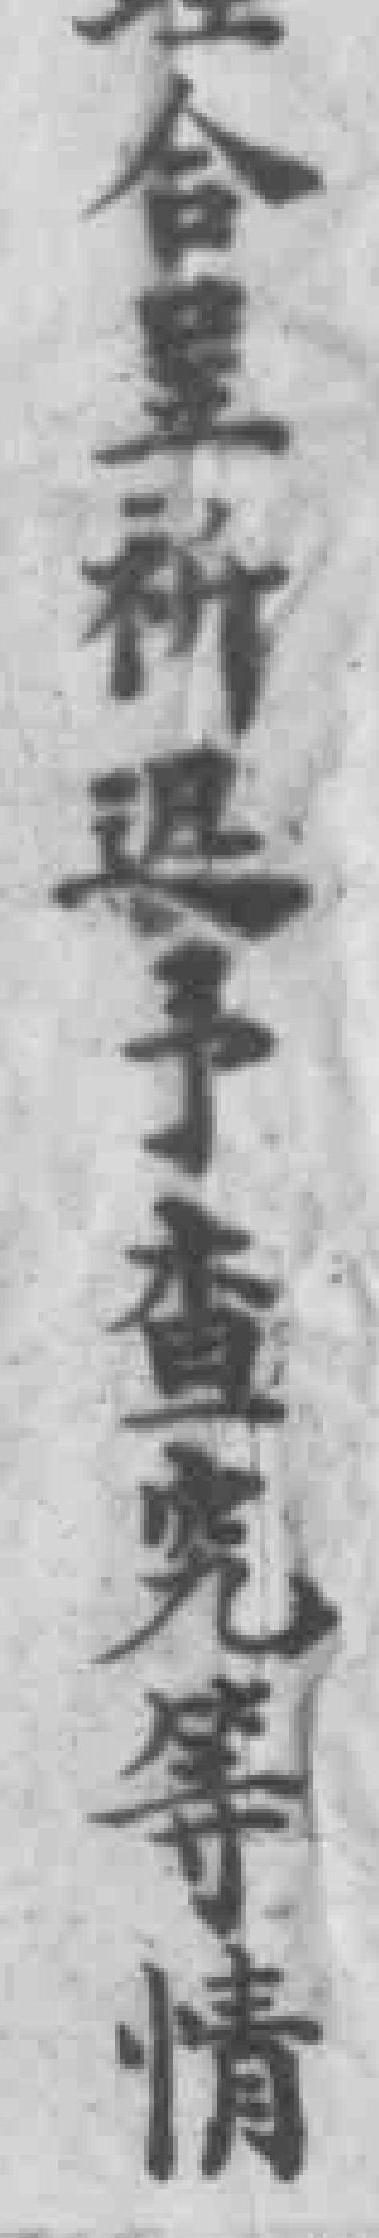
合呈祈退予查究等情